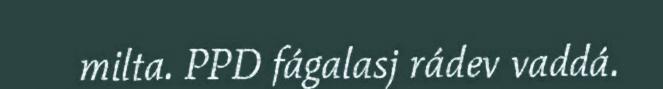
milta. PPD fágalasj rádev vaddá.